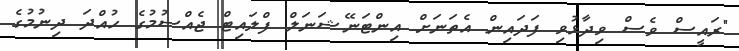
"ރައީސް ވެސް ވިދާޅުވި ފަދައިން އެތަނަށް އިންޓަނޭޝަނަލް ފްލައިޓް ޖެއްސުމުގެ ހުއްދަ ދިނުމުގެ